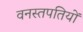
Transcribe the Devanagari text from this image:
वनस्तपतियों